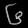
Digit: ၆